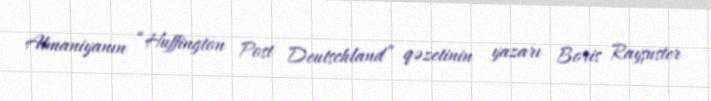
Almaniyanın “Huffington Post Deutschland” qəzetinin yazarı Boris Rayşuster